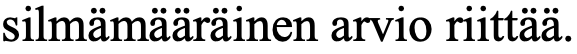
silmämääräinen arvio riittää.